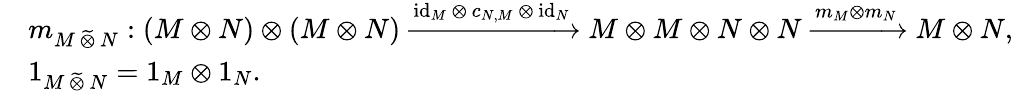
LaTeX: \begin{array}{rl}&{m_{M\, \widetilde{\otimes}\, N}:(M\otimes N)\otimes(M\otimes N)\xrightarrow{\mathrm{id}_{M}\, \otimes\, c_{N,M}\, \otimes\, \mathrm{id}_{N}}M\otimes M\otimes N\otimes N\xrightarrow{m_{M}\otimes m_{N}}M\otimes N,}\\ &{1_{M\, \widetilde{\otimes}\, N}=1_{M}\otimes 1_{N}.}\end{array}